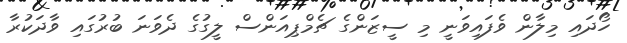
ހޯދައި މިލާން ވެފައިވަނީ މި ސީޒަންގެ ޗެމްޕިއަންސް ލީގުގެ ދެވަނަ ބުރުގައި ވާދަކުރާ